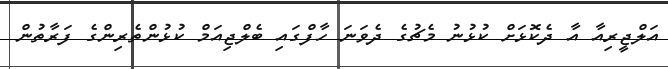
އަލްޖީރިއާ އާ ދެކޮޅަށް ކުޅުނު މެޗުގެ ދެވަނަ ހާފްގައި ބެލްޖިއަމް ކުޅުންތެރިންގެ ފަރާތުން